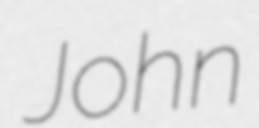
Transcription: John